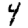
Digit: 4